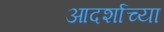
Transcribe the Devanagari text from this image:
आदर्शाच्या